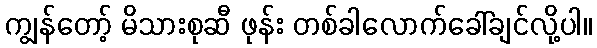
ကျွန်တော့် မိသားစုဆီ ဖုန်း တစ်ခါလောက်ခေါ်ချင်လို့ပါ။